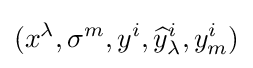
(x^{\lambda },\sigma ^{m},y^{i},{\widehat {y}}_{\lambda }^{i},y_{m}^{i})